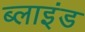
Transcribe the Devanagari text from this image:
ब्‍लाइंड